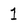
Character: 1